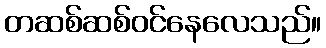
တဆစ်ဆစ်ဝင်နေလေသည်။